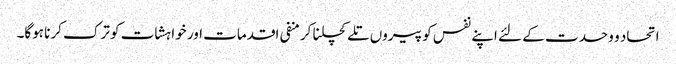
اتحاد و وحدت کے لئے اپنے نفس کو پیروں تلے کچلنا کر منفی اقدمات اور خواہشات کو ترک کرنا ہوگا۔